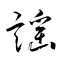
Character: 謡